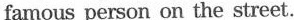
famous person on the street.